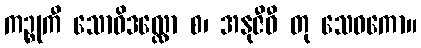
ကဉ္စုကီ သောဝိဒလ္လော စ၊ အနုဇီဝီ တု သေဝကော။